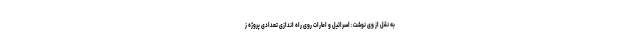
به نقل از وی نوشت: اسرائیل و امارات روی راه اندازی تعدادی پروژه ز